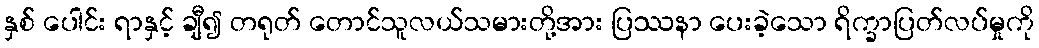
နှစ် ပေါင်း ရာနှင့် ချီ၍ တရုတ် တောင်သူလယ်သမားတို့အား ပြဿနာ ပေးခဲ့သော ရိက္ခာပြတ်လပ်မှုကို